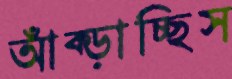
আঁক্‌ড়াচ্ছিস